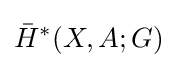
{\bar {H}}^{*}(X,A;G)